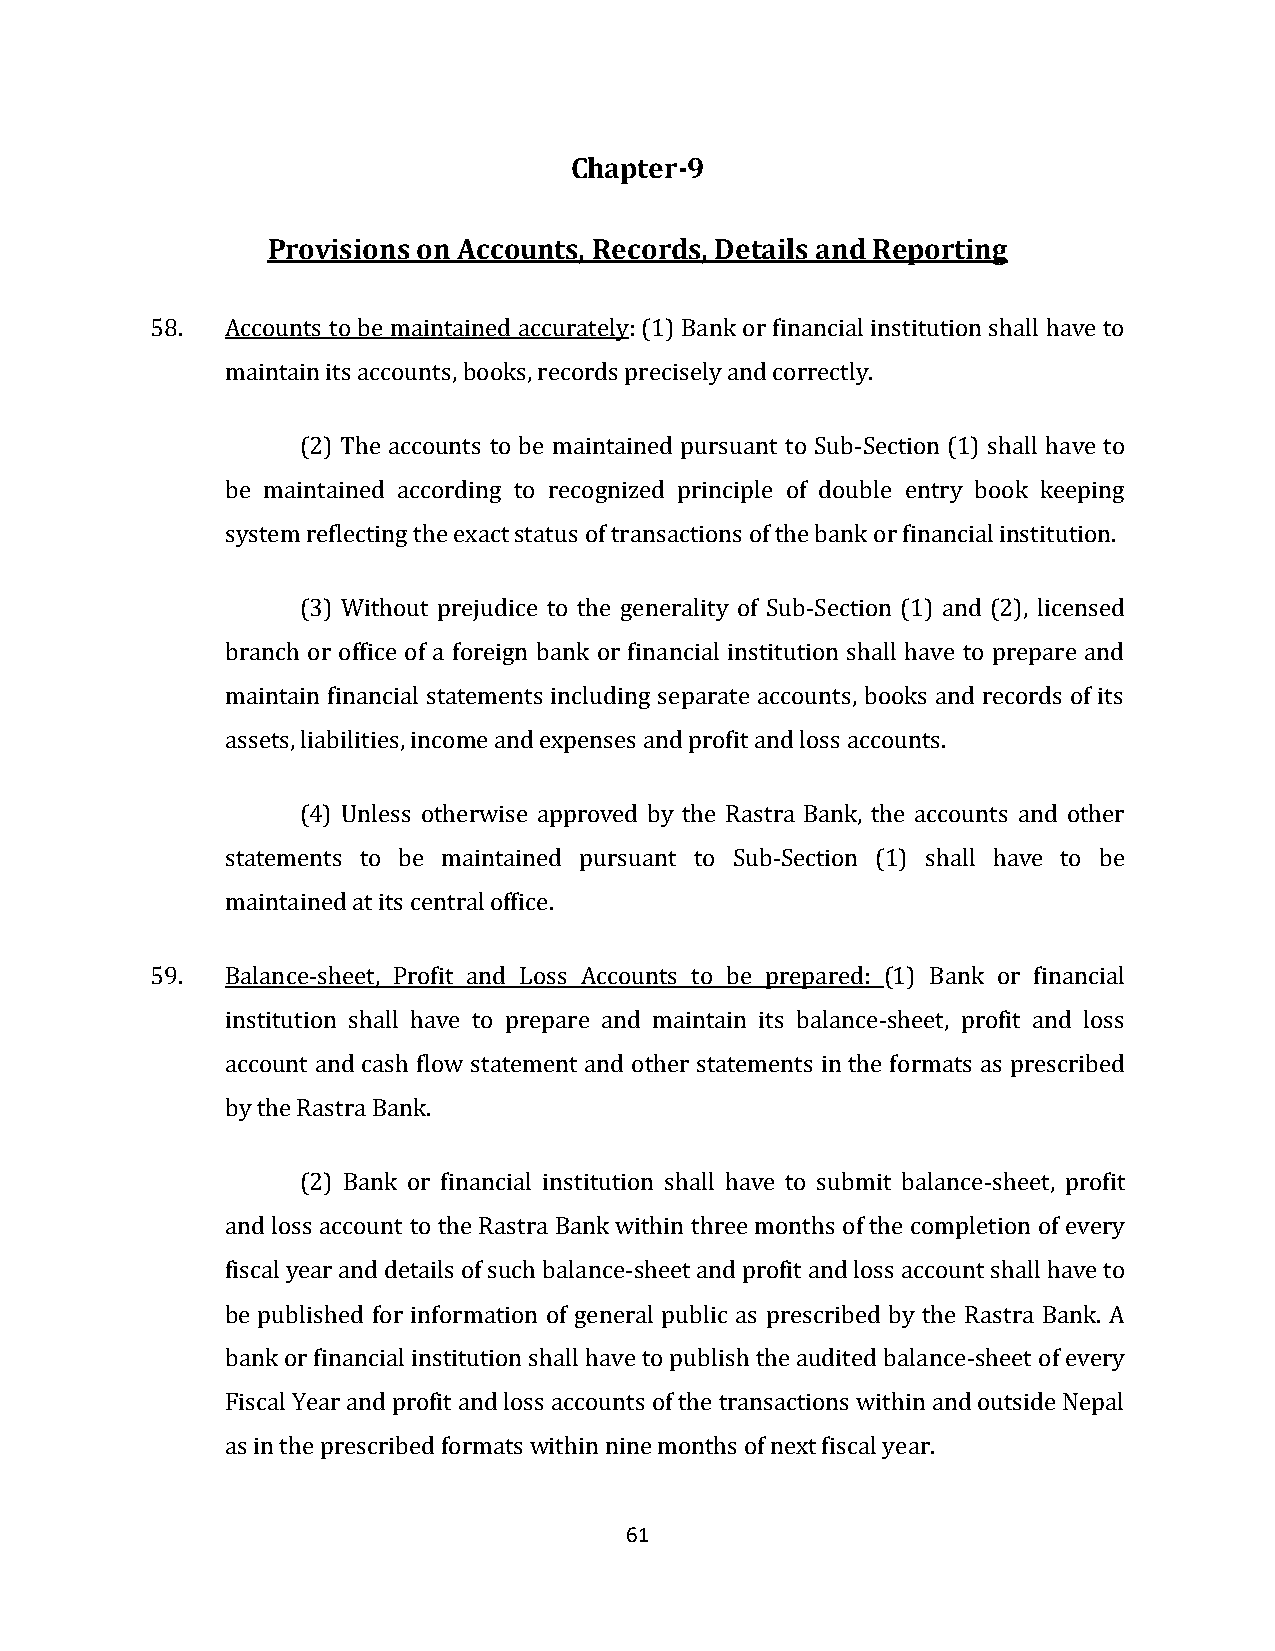
Chapter-9
 Provisions on Accounts, Records, Details and Reporting
 58.  Accounts to be maintained accurately: (1) Bank or financial institution shall have to
 maintain its accounts, books, records precisely and correctly.
 (2) The accounts to be maintained pursuant to Sub-Section (1) shall have to
 be maintained according to recognized principle of double entry book keeping
 system reflecting the exact status of transactions of the bank or financial institution.
 (3) Without prejudice to the generality of Sub-Section (1) and (2), licensed
 branch or office of a foreign bank or financial institution shall have to prepare and
 maintain financial statements including separate accounts, books and records of its
 assets, liabilities, income and expenses and profit and loss accounts.
 (4) Unless otherwise approved by the Rastra Bank, the accounts and other
 statements to be maintained pursuant to Sub-Section (1) shall have to be
 maintained at its central office.
 59.  Balance-sheet, Profit and Loss Accounts to be prepared: (1) Bank or financial
 institution shall have to prepare and maintain its balance-sheet, profit and loss
 account and cash flow statement and other statements in the formats as prescribed
 by the Rastra Bank.
 (2) Bank or financial institution shall have to submit balance-sheet, profit
 and loss account to the Rastra Bank within three months of the completion of every
 fiscal year and details of such balance-sheet and profit and loss account shall have to
 be published for information of general public as prescribed by the Rastra Bank. A
 bank or financial institution shall have to publish the audited balance-sheet of every
 Fiscal Year and profit and loss accounts of the transactions within and outside Nepal
 as in the prescribed formats within nine months of next fiscal year.
 61